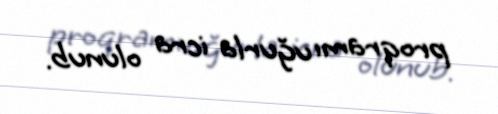
proqramı uğurla icra olunub.